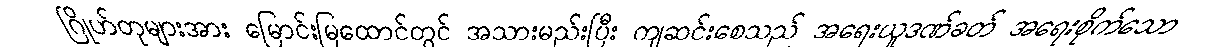
ဂြိုဟ်တုများအား မြောင်းမြထောင်တွင် အသားမည်းပြီး ကျဆင်းစေသည် အရေးယူဒဏ်ခတ် အရေးစိုက်သော